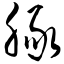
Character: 豚